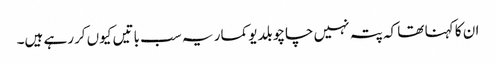
ان کا کہنا تھا کہ پتہ نہیں چاچو بلدیو کمار یہ سب باتیں کیوں کررہے ہیں۔